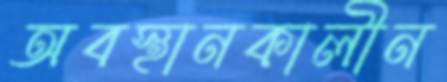
অবস্থানকালীন